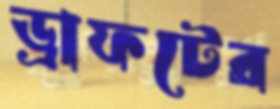
ড্রাফটের